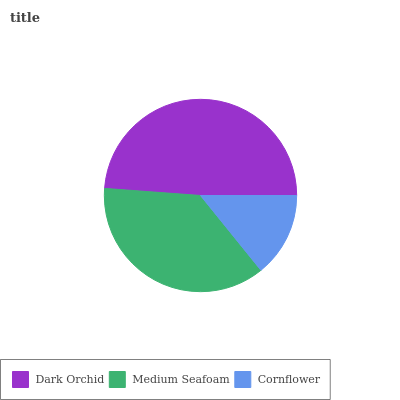
| Dark Orchid | Medium Seafoam | Cornflower |
 | --- | --- | --- |
 | 48.9% | 36.9% | 14.2% |